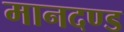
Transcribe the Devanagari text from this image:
मानदण्‍ड